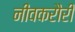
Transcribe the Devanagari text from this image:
नीवकरौरी